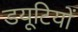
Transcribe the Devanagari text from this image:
डयूटियों